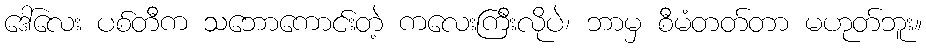
ဒေါ်လေး ပစ်တီက သဘောကောင်းတဲ့ ကလေးကြီးလိုပဲ၊ ဘာမှ စီမံတတ်တာ မဟုတ်ဘူး။